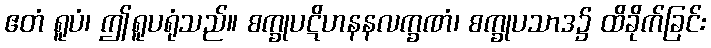
ဧတံ ရူပံ၊ ဤရူပရုံသည်။ စက္ခုပဋိဟနနလက္ခဏံ၊ စက္ခုပသာဒ၌ ထိခိုက်ခြင်း